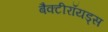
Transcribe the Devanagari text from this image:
बैक्टीरॉयड्स